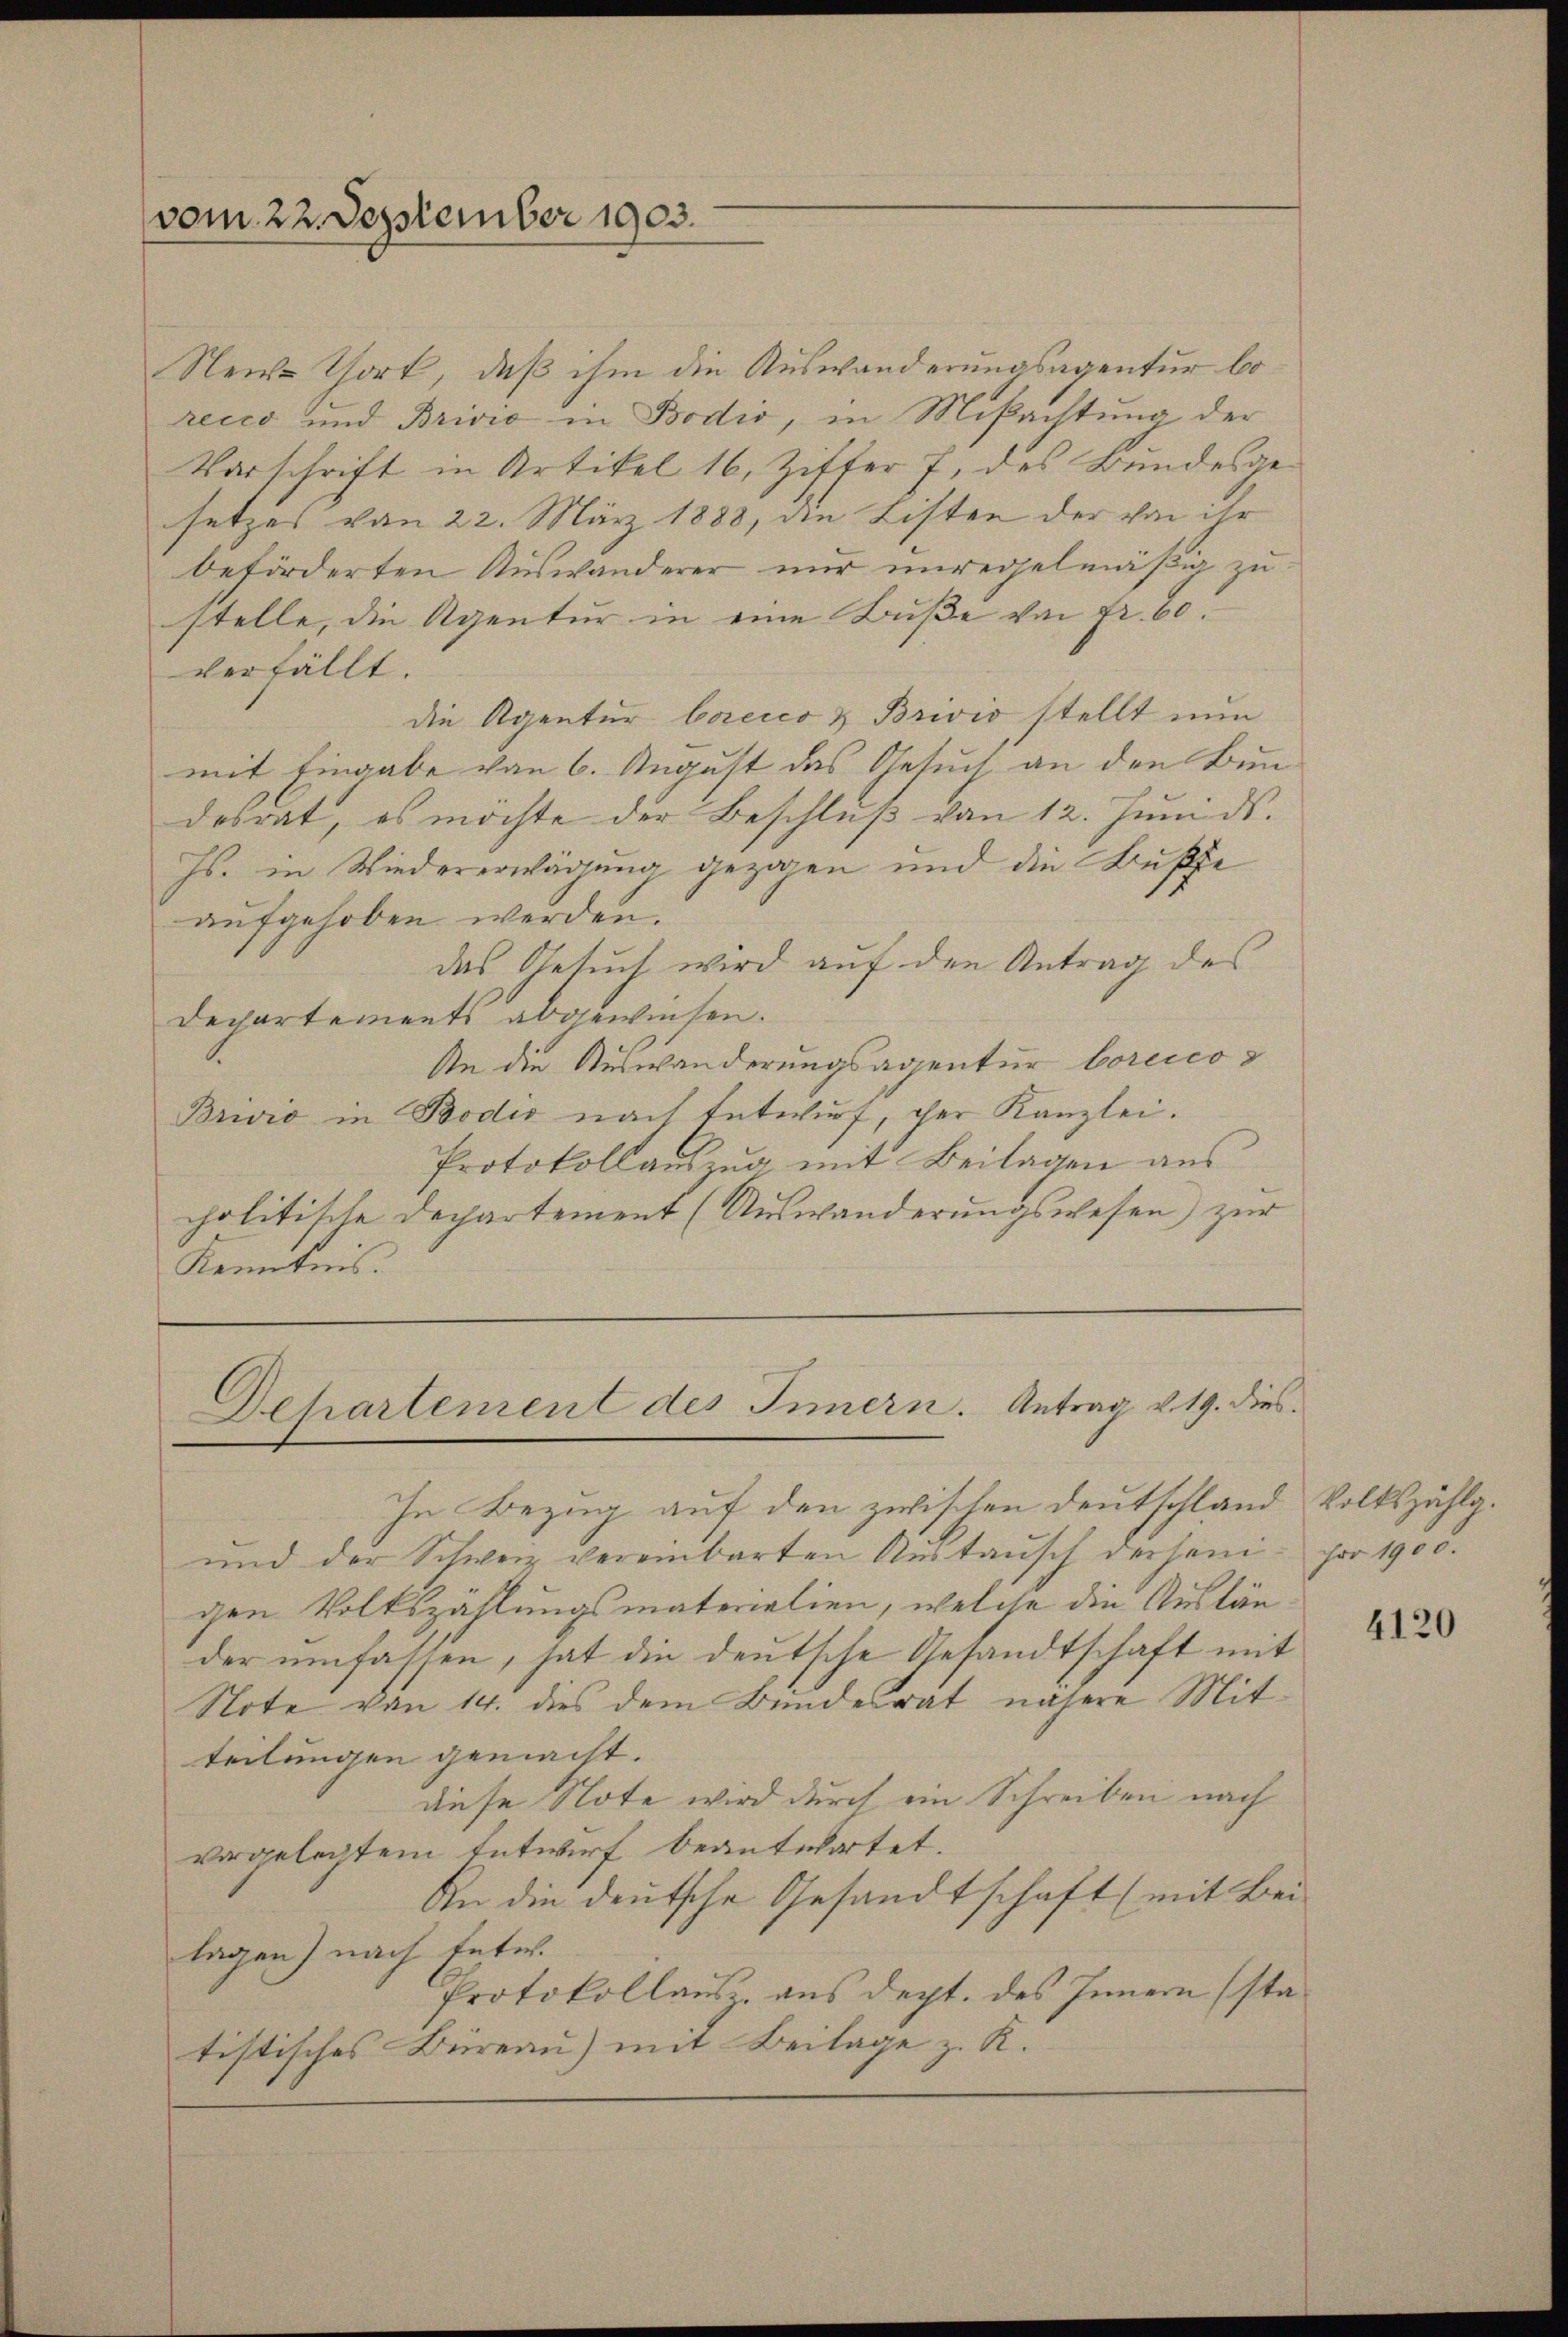
vom 22. September 1903.

Neu-Gork, daß ihm die Auswanderungsagentur borecco und Brivić in Bodić, in Mißachtung der
Vorschrift in Artikel 16, Ziffer 7, des Bundesgesetzes von 22. März 1888, die Listen der von ihr
beförderten Auswanderer nur unregelmäßig zu
stelle, die Agentur in eine Buße von Fr. 60.
verfällt.
die Agentur bezeico & Brivio stellt nun
mit Eingabe von 6. August das Gesuch an den Bundesrat, es möchte der Beschluß von 12. Juni ds.
Hs. in Wiedererwägung gezogen und die Busse
aufgehoben werden.
das Geteut wird auf den Antrag des
Departements abgewiesen.
An die Auswanderungsagentur borcicos
Brivio in Bodić nach Entwurf, der Kanzlei.
Protokollauszug mit Beilagen aus
cholitische Departement (Auswanderungswesen) zur
Kenntnis.

Behartemen des Innern. Antrag v. 19. dies

In Bezug auf den zwischen Deutschland
und der Schweiz vereinbarten Anstaŭsch derjeni- pro 1905.
gen Volkszählungsmaterialien, welche die Ausländer umfassen, hat die deutsche Gesandtschaft mit
Note von 14. dies dem Bundesrat nähere Mitteilungen gemacht.
diese Note wird durch ein Schreiben nach
vorgelegtem Entwurf beantwortet.
An die deutsche Gesandtschaft (mit Bei
lagen) nach Enter
Protokollausz. aus dept. des Innern (statistisches Büreau) mit Beilage z. K.

Volkszählg.

4120